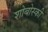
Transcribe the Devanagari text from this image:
शोबोस्की